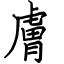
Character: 膚